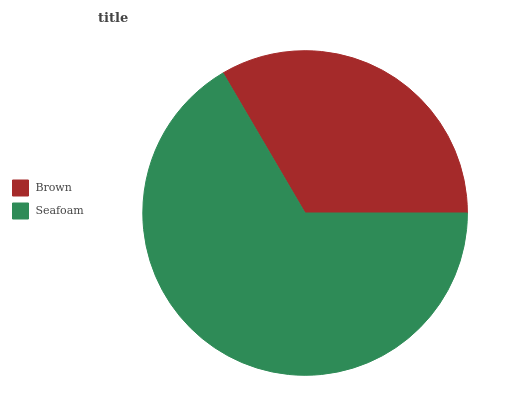
| Brown | Seafoam |
 | --- | --- |
 | 33.4% | 66.6% |